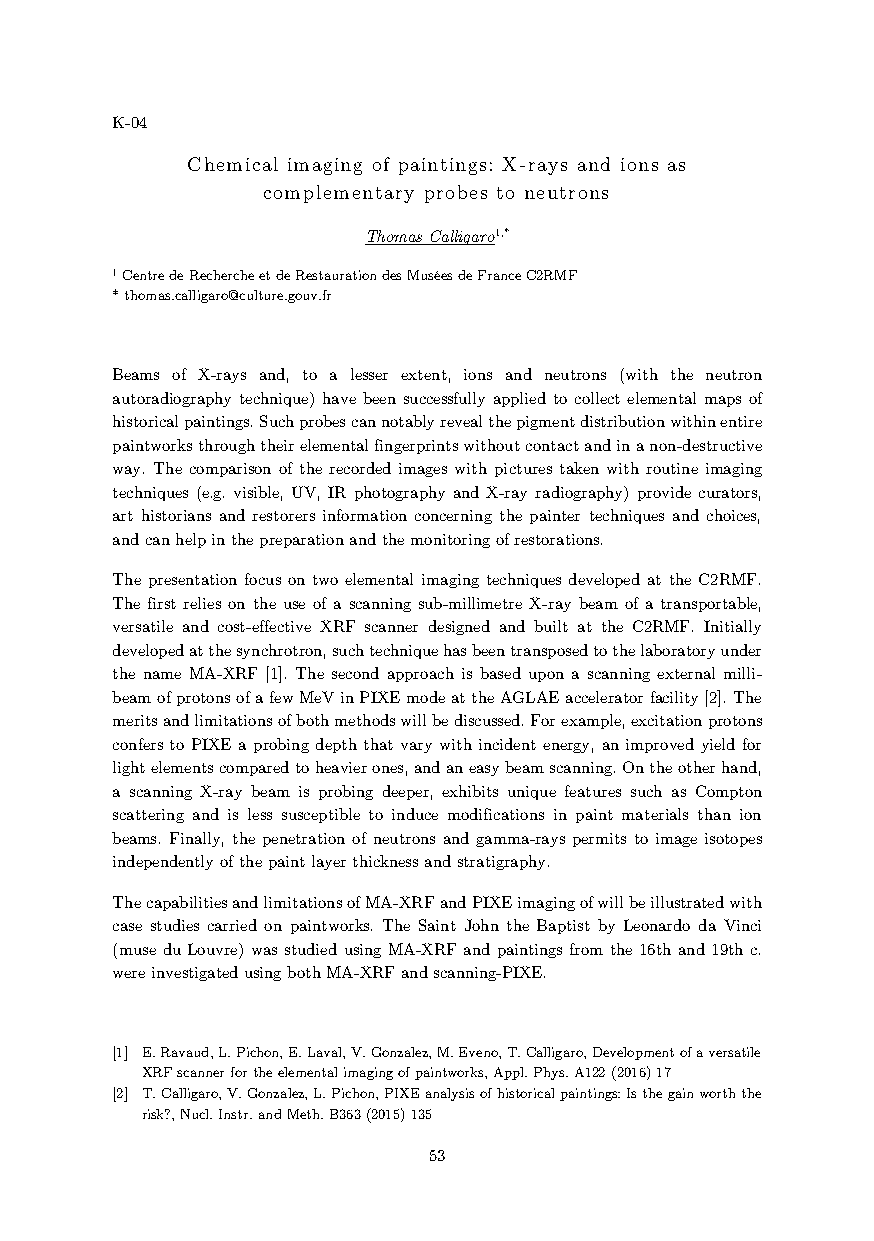
K-04
 Chemical imaging of paintings: X-rays and ions as
 complementary probes to neutrons
 Thomas Calligaro1,*
 1 Centre de Recherche et de Restauration des Musées de France C2RMF
 * thomas.calligaro@culture.gouv.fr
 Beams of X-rays and, to a lesser extent, ions and neutrons (with the neutron
 autoradiography technique) have been successfully applied to collect elemental maps of
 historical paintings. Such probes can notably reveal the pigment distribution within entire
 paintworks through their elemental fingerprints without contact and in a non-destructive
 way. The comparison of the recorded images with pictures taken with routine imaging
 techniques (e.g. visible, UV, IR photography and X-ray radiography) provide curators,
 art historians and restorers information concerning the painter techniques and choices,
 and can help in the preparation and the monitoring of restorations.
 The presentation focus on two elemental imaging techniques developed at the C2RMF.
 The first relies on the use of a scanning sub-millimetre X-ray beam of a transportable,
 versatile and cost-effective XRF scanner designed and built at the C2RMF. Initially
 developed at the synchrotron, such technique has been transposed to the laboratory under
 the name MA-XRF [1]. The second approach is based upon a scanning external milli-
 beam of protons of a few MeV in PIXE mode at the AGLAE accelerator facility [2]. The
 merits and limitations of both methods will be discussed. For example, excitation protons
 confers to PIXE a probing depth that vary with incident energy, an improved yield for
 light elements compared to heavier ones, and an easy beam scanning. On the other hand,
 a scanning X-ray beam is probing deeper, exhibits unique features such as Compton
 scattering and is less susceptible to induce modifications in paint materials than ion
 beams. Finally, the penetration of neutrons and gamma-rays permits to image isotopes
 independently of the paint layer thickness and stratigraphy.
 The capabilities and limitations of MA-XRF and PIXE imaging of will be illustrated with
 case studies carried on paintworks. The Saint John the Baptist by Leonardo da Vinci
 (muse du Louvre) was studied using MA-XRF and paintings from the 16th and 19th c.
 were investigated using both MA-XRF and scanning-PIXE.
 [1] E. Ravaud, L. Pichon, E. Laval, V. Gonzalez, M. Eveno, T. Calligaro, Development of a versatile
 XRF scanner for the elemental imaging of paintworks, Appl. Phys. A122 (2016) 17
 [2] T. Calligaro, V. Gonzalez, L. Pichon, PIXE analysis of historical paintings: Is the gain worth the
 risk?, Nucl. Instr. and Meth. B363 (2015) 135
 53